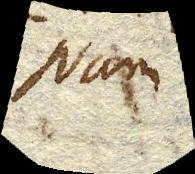
Nam